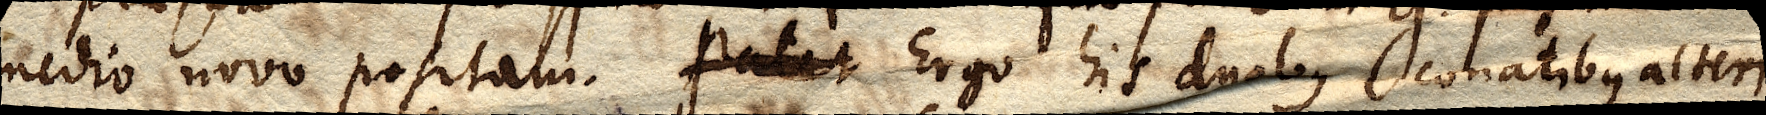
medio novo positam. Patet Ergo his duobus conatibus alteri